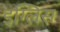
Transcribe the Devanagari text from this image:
इग्लिस